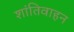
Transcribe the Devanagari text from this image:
शांतिवाहन